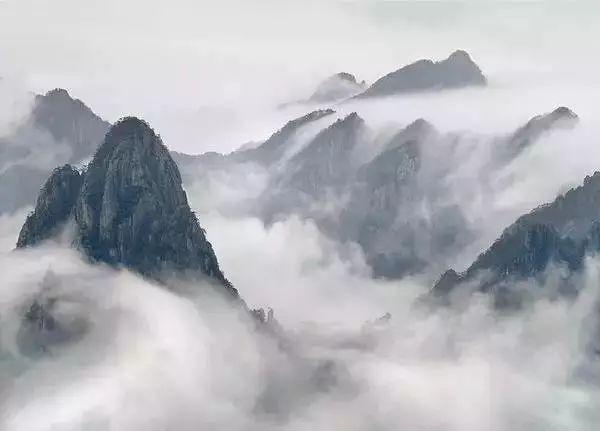
酹酒苍茫，倚歌平远，亭上玉虹腰冷。